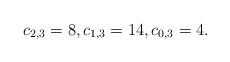
\begin{align*} c_{2,3}=8,c_{1,3}=14,c_{0,3}=4.\end{align*}